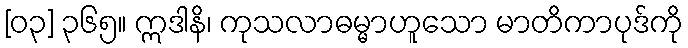
[၀၃] ၃၆၅။ ဣဒါနိ၊ ကုသလာဓမ္မာဟူသော မာတိကာပုဒ်ကို